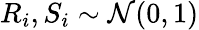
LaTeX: R_{i},S_{i}\sim\mathcal{N}(0,1)